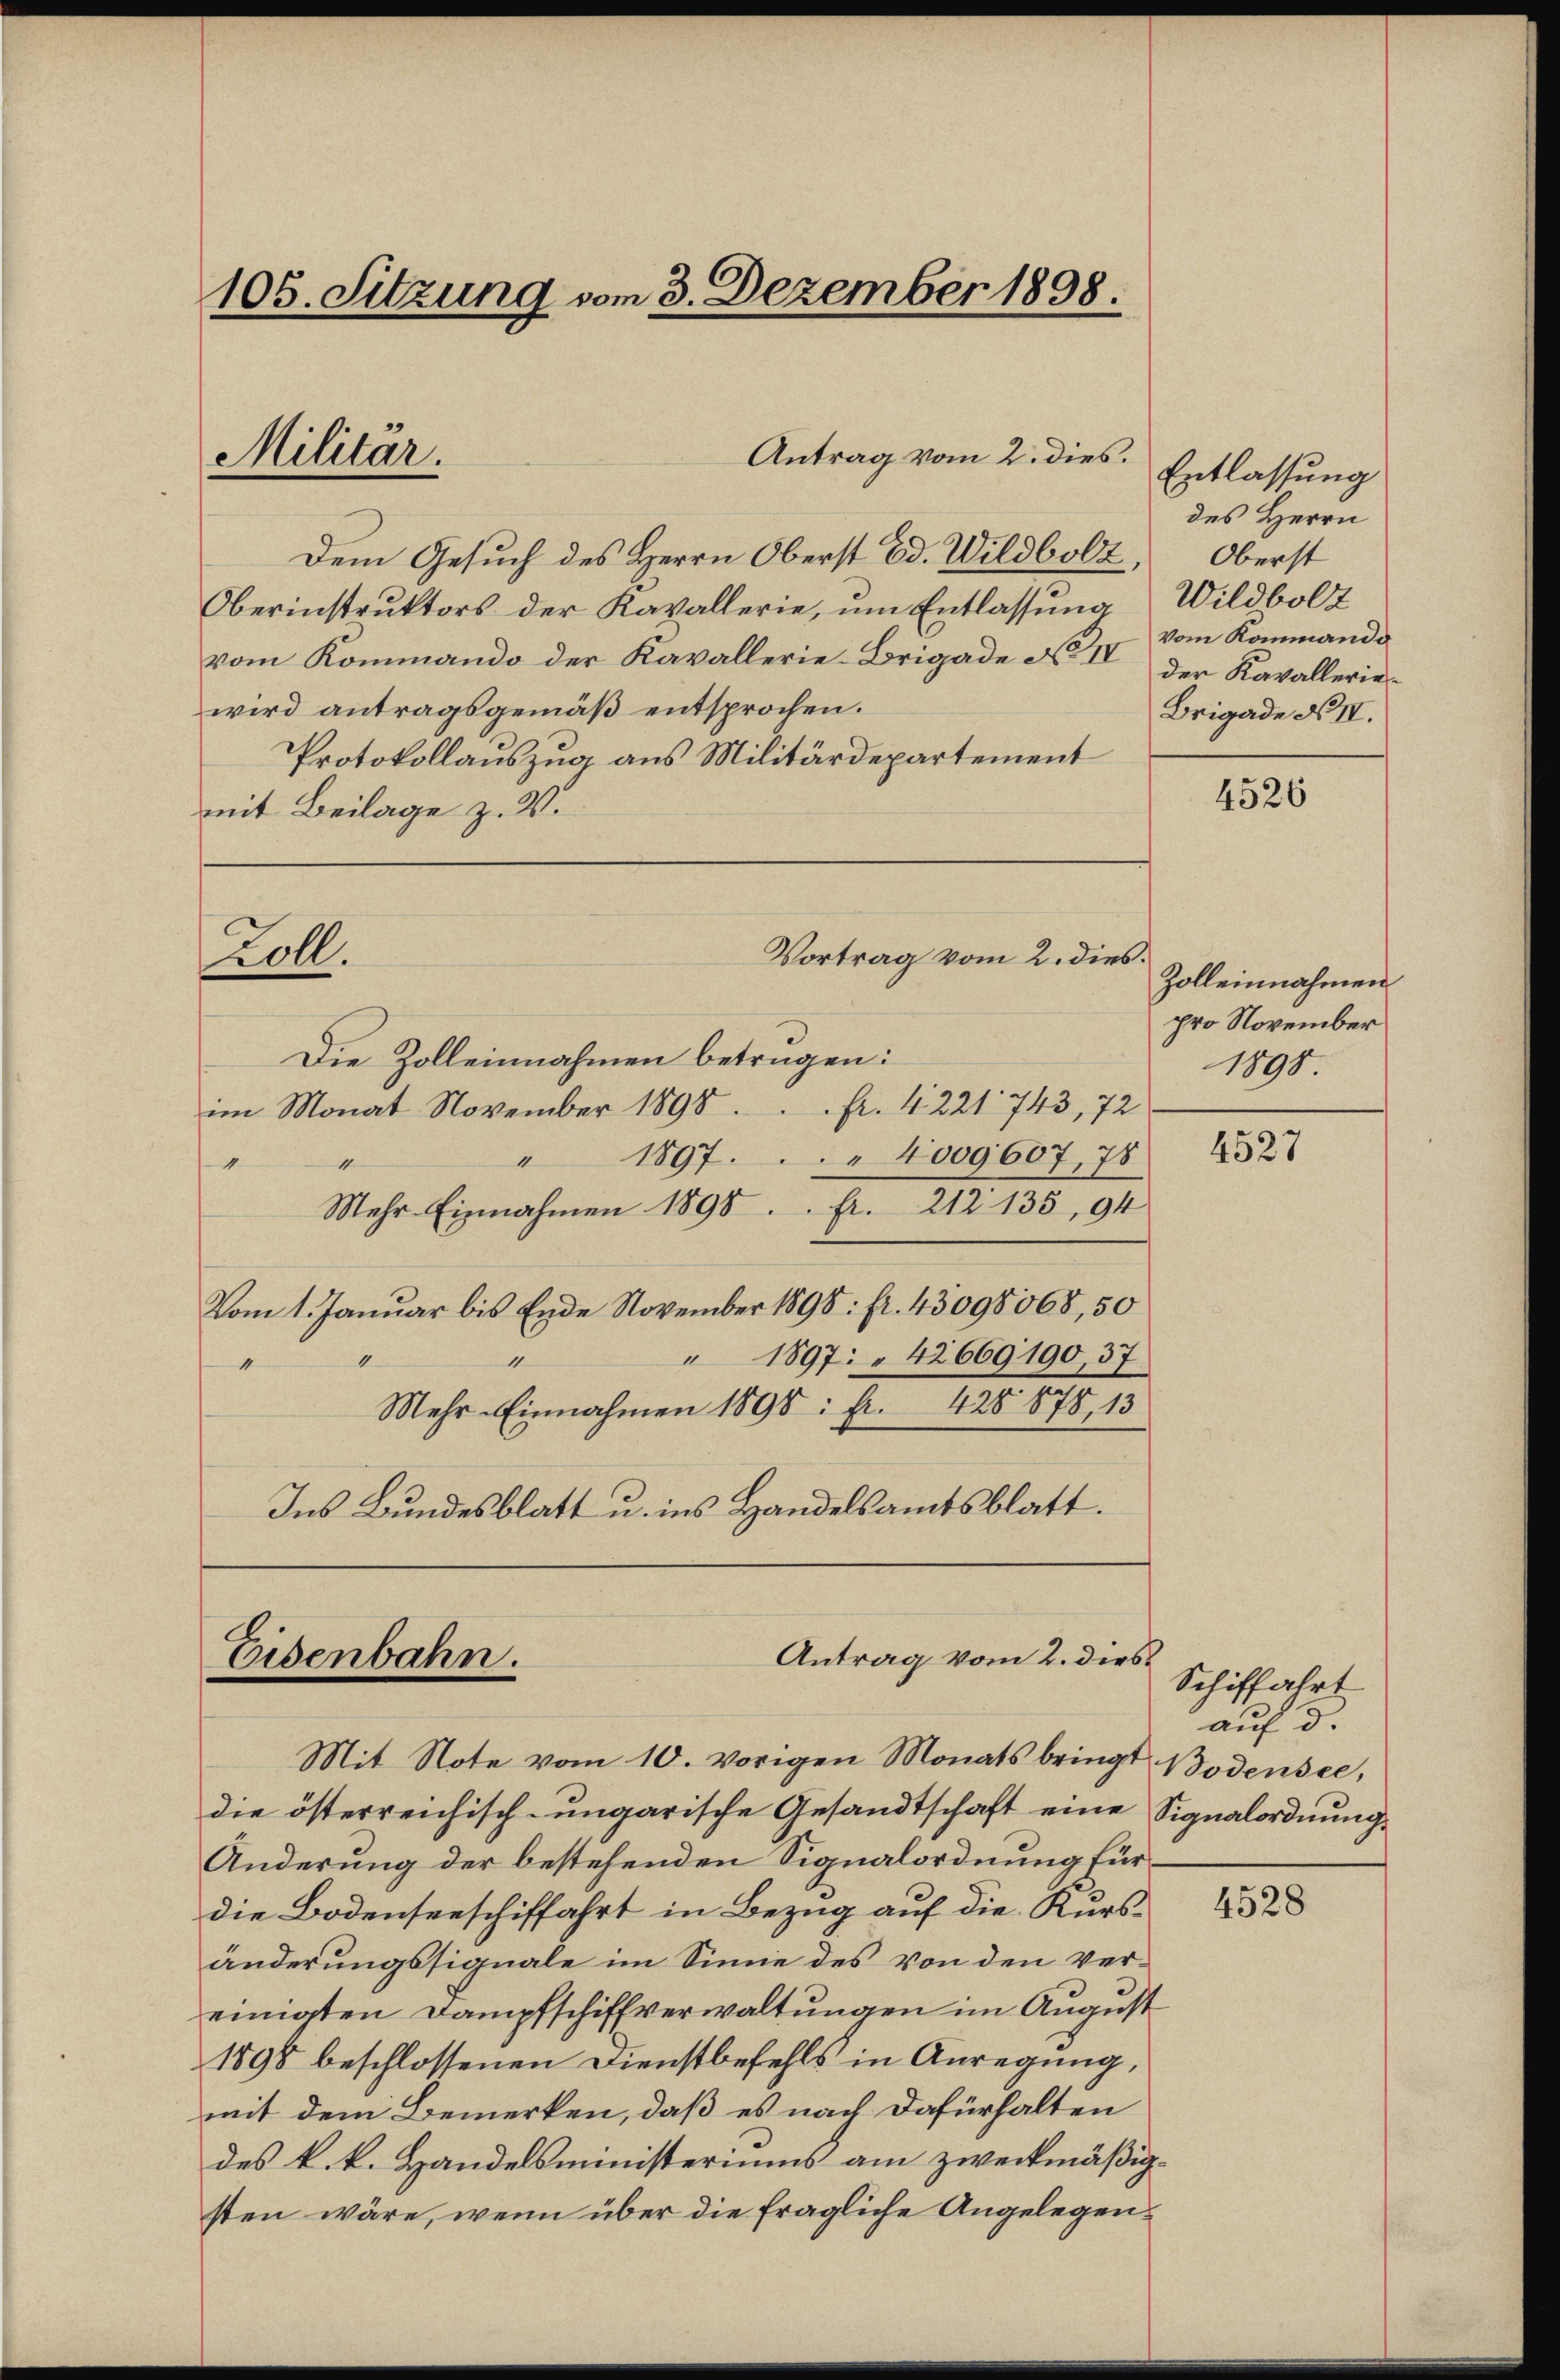
Antrag vom 2. dies.
Dem Gesuch des Herrn Oberst Ed. Wildbolz,
Oberinstruktors der Kavallerie, um Entlassung
vom Kommando der Kavallerie-Brigade No IV der Kavallerie
wird antragsgemäß entsprochen.
Protokollauszug aus Militärdepartement
mit Beilage z. V.

105. Sitzung vom 3. Dezember 1898.

Militär.

Doll.

Vortrag vom 2. dies

Antrag vom 2. dies
Eisenbahn.

Die Zolleinnahmen betragen:
im Monat November 1898. fr. 4221. 743, 72
" 1897. " 4009607, 78
4
1
Mehr Einnahmen 1898. fr. 212. 135, 94
Vom 1. Januar bis Ende November 1898: fr. 43098068, 50
" 1897: " 42669190, 37
1
4
Mehr-Einnahmen 1898: Fr. 428 878, 13
Ins Bundesblatt u. ins Handelsamtsblatt.

Entlassung
des Herrn
Oberst
Wildbolz
Vom Kommando
Brigade No II.

Mit Note vom 10. vorigen Monats bringt Bodensee,
die österreichisch-ungarische Gesandtschaft eine Signalordnung
Änderung der bestehenden Signalordnung für
die Bodenseeschiffahrt in Bezug auf die Kursänderungssignale im Sinne des von den vereinigten Dampfschiffverwaltungen im August
1898 beschlossenen Dienstbefehls in Anregung,
mit dem Bemerken, daß es nach dafürhalten
des k. k. Handelsministeriums am zweckmäßigsten wäre, wenn über die fragliche Angelegen¬

4526

Zolleinnahmen
pro November
1898.

4527

Schiffahrt
auf d.

4528